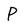
Character: P